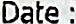
DATE :